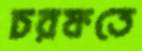
চরফতে